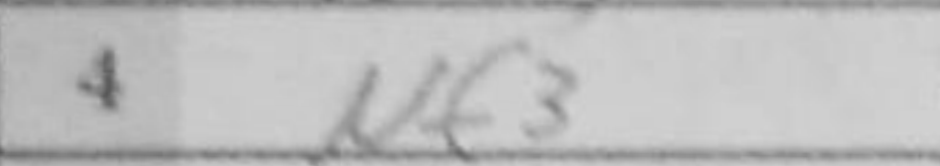
Transcription: Nf3